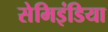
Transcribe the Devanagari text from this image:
सेमिइंडिया